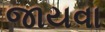
જાયવા